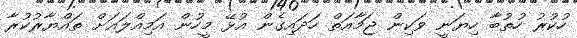
ހުކުރު ހުތުބާ ހިޔަނީ ވަކިން ޖަމާއަތް ހަދައިގެން އުޅޭ މީހުން އަމިއްލައަށް ތައްޔާރުކުރާ